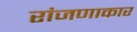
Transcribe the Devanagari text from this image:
रांजणाकार